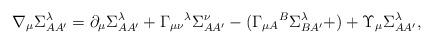
LaTeX: \begin{align*}\nabla _{\mu }\Sigma _{AA^{\prime }}^{\lambda }=\partial _{\mu }\Sigma_{AA^{\prime }}^{\lambda }+\Gamma _{\mu \nu }{}^{\lambda }\Sigma_{AA^{\prime }}^{\nu }-(\Gamma _{\mu A}{}^{B}\Sigma _{BA^{\prime }}^{\lambda}+)+\Upsilon _{\mu }\Sigma _{AA^{\prime }}^{\lambda }, \end{align*}